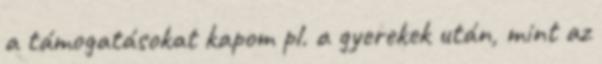
a támogatásokat kapom pl. a gyerekek után, mint az